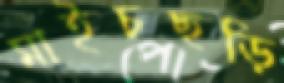
মাইচছড়ি